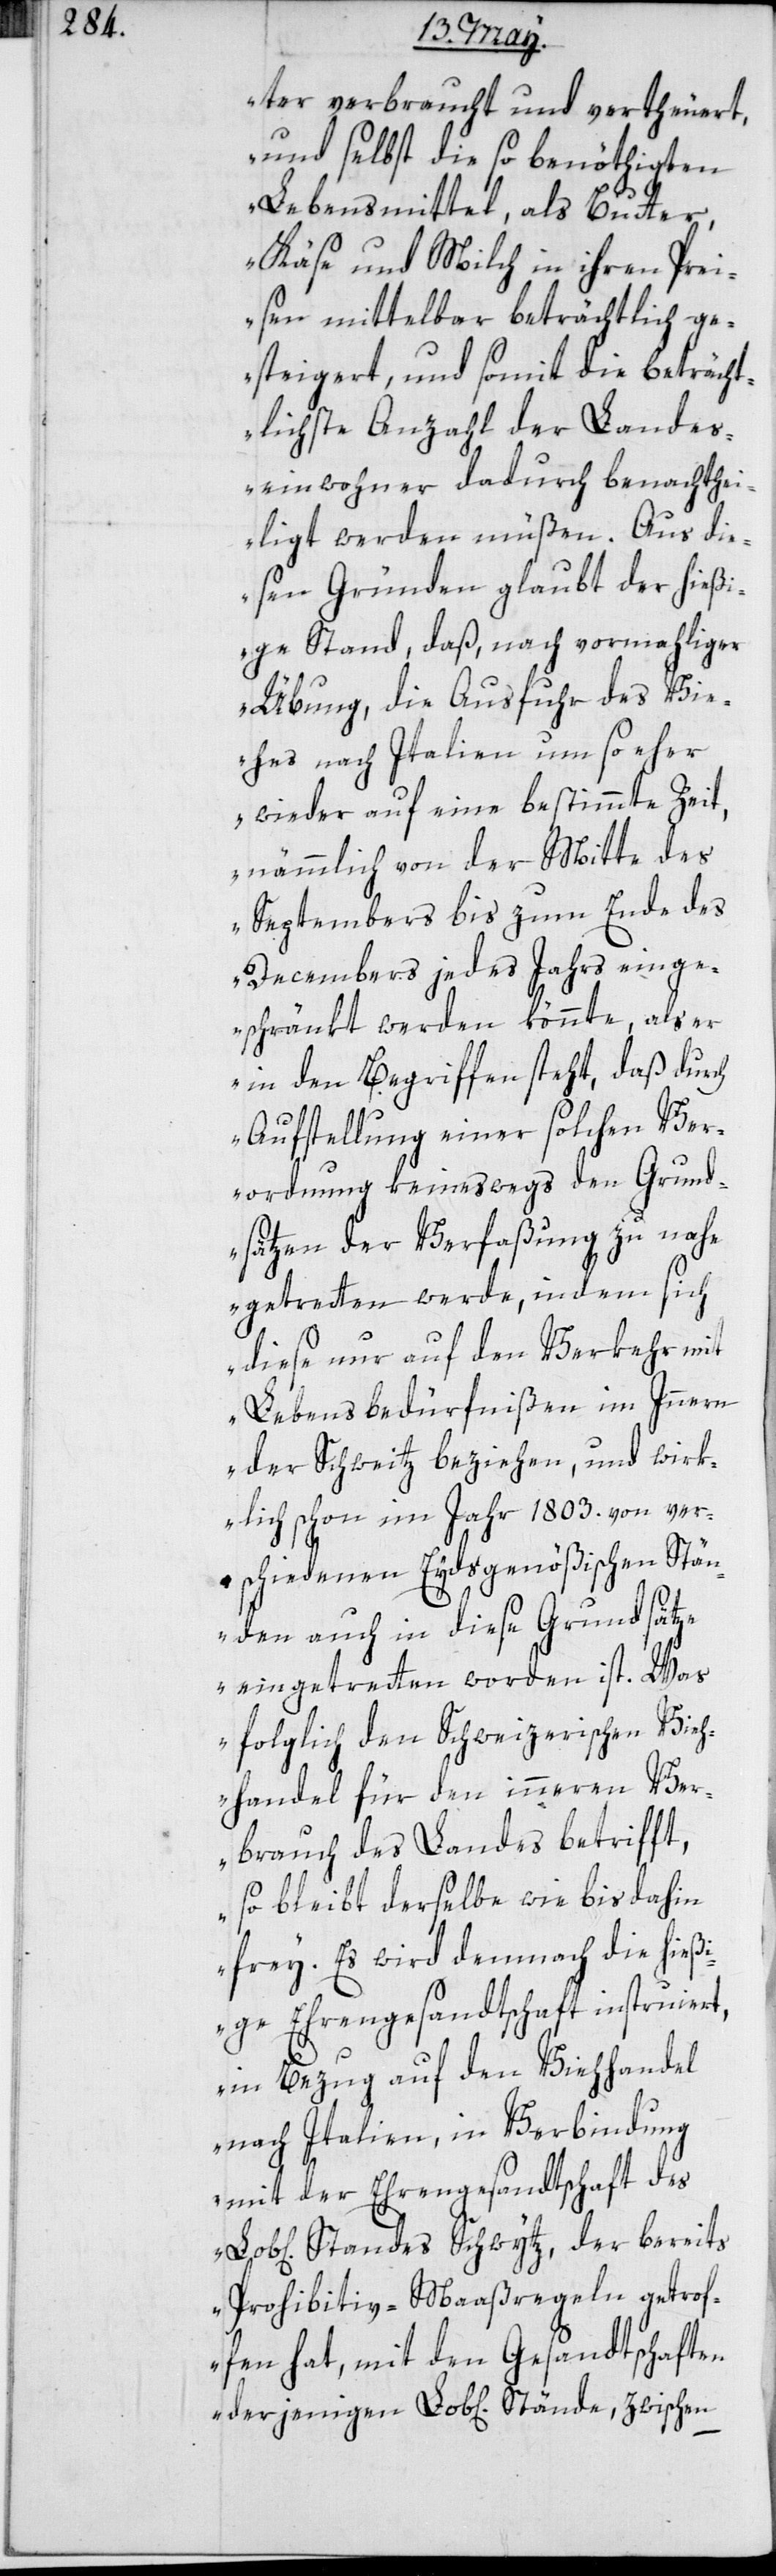
ter verbraucht und vertheuert,
und selbst die so benöthigten
Lebensmittel, als Butter,
Käse und Milch in ihren Prei¬
sen mittelbar beträchtlich ge¬
steigert, und somit die beträcht¬
lichste Anzahl der Landes¬
inwohner dadurch benachthei¬
ligt werden müßen. Aus die¬
sen Gründen glaubt der hießi¬
ge Stand, daß nach vormahliger
Übung, die Ausfuhr des Vie¬
hes nach Italien um so eher
wieder auf eine bestimmte Zeit,
nämmlich von der Mitte des
Septembers bis zum Ende des
Decembers jedes Jahrs einge¬
schränkt werden könnte, als er
in den Begriffen steht, daß durch
Aufstellung einer solchen Ver¬
ordnung keineswegs den Grund¬
sätzen der Verfaßung zu nah¬
egetretten werde, indem sich
diese nur auf den Verkehr mit
Lebensbedürfnißen im Innern
der Schweitz beziehen, und wirk¬
lich schon im Jahr 1803. von ver¬
schiedenen Eydsgenößischen Stän¬
den auch in diese Grundsätze
eingetretten worden ist. Was
folglich den Schweizerischen Vieh¬
handel für den inneren Ver¬
brauch des Landes betrifft,
so bleibt derselbe wie bis dahin
frey. Es wird demnach die hießi¬
ge Ehrengesandtschaft instruiert,
in Bezug auf den Viehhandel
nach Italien, in Verbindung
mit der Ehrengesandtschaft des
Standes Schwytz, der bereits
Prohibitiv-Maaßregeln getrof¬
fen hat, mit den Gesandtschaften
derjenigen Lob[lichen] Stände, zwischen